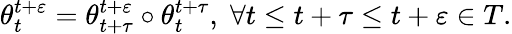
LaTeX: \begin{array}{r}{\theta_{t}^{t+\varepsilon}=\theta_{t+\tau}^{t+\varepsilon}\circ\theta_{t}^{t+\tau},\; \forall t\leq t+\tau\leq t+\varepsilon\in T.}\end{array}